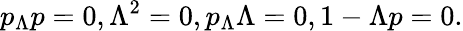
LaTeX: p_{\Lambda}p=0,\Lambda^{2}=0,p_{\Lambda}\Lambda=0,1-\Lambda p=0.